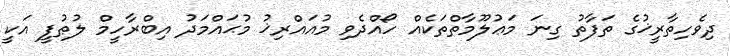
ދިވެހިތާރީޚުގެ ތަފާތު ގިނަ މަޢުލޫމާތްތަކެއް ހޯއްދެވި މުއައްރިޚު މުޙައްމަދު އިބްރާހީމް ލުޠުފީ އަކީ